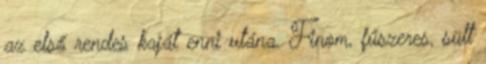
az első rendes kaját enni utána. Finom, fűszeres, sült